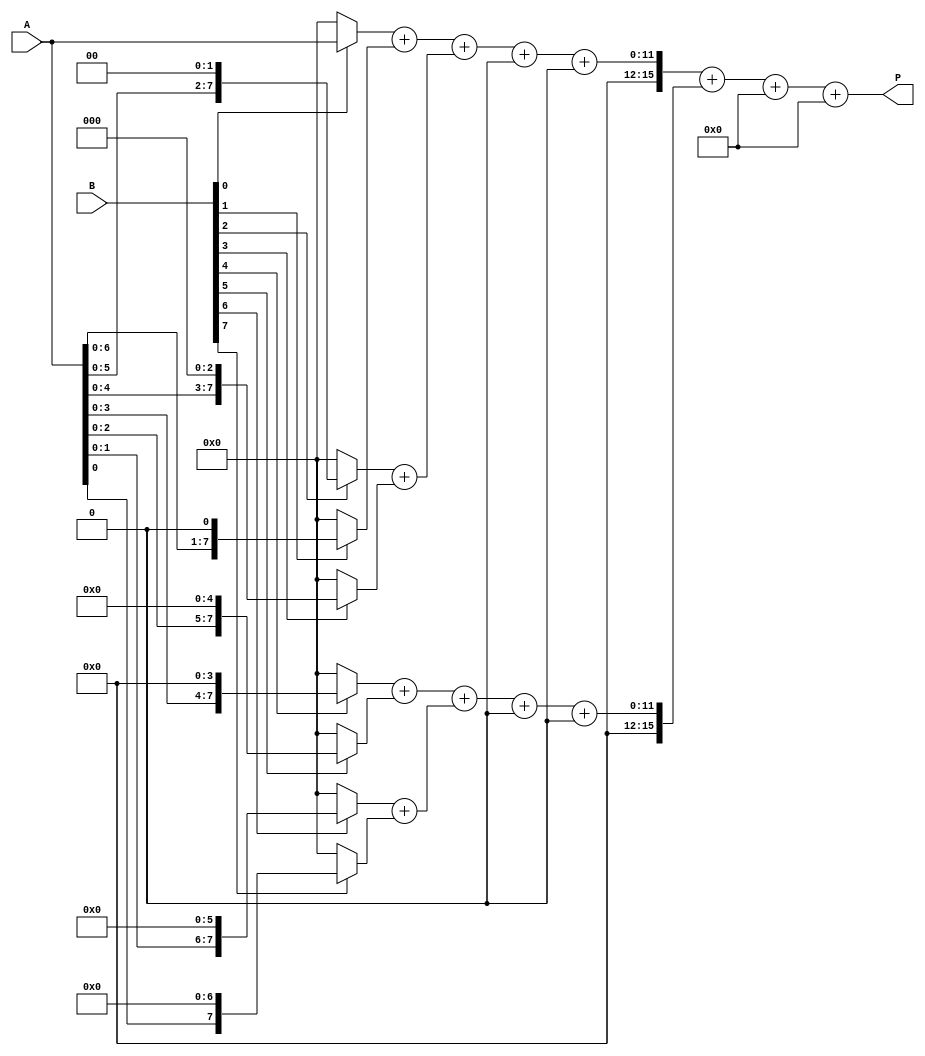
module radix2_multiplier #(parameter N = 8) (
    input  wire [N-1:0] A,        // Multiplicand
    input  wire [N-1:0] B,        // Multiplier
    output wire [2*N-1:0] P       // Product
);

    // Declare wires for partial products
    wire [N-1:0] partial_product [0:N-1];

    // Generate partial products
    genvar i;
    generate
        for (i = 0; i < N; i = i + 1) begin : pp_gen
            assign partial_product[i] = (B[i] == 1'b1) ? (A << i) : 0;
        end
    endgenerate

    // Stage 1: Sum the partial products
    wire [2*N-1:0] sum_stage1 [0:(N/2)-1]; // Store sums of pairs
    wire [2*N-1:0] carry_stage1 [0:(N/2)-1]; // Store carry from additions
    wire [2*N-1:0] sum_stage2; // Final sum 

    // First stage of addition
    generate
        for (i = 0; i < N/2; i = i + 1) begin : add_stage1
            assign {carry_stage1[i], sum_stage1[i]} = partial_product[2*i] + partial_product[2*i + 1];
        end
        if (N % 2 != 0) begin
            assign sum_stage1[N/2] = partial_product[N-1]; // Handle odd N
            assign carry_stage1[N/2] = 0;
        end
    endgenerate

    // Stage 2: Sum the results from stage 1
    wire [2*N-1:0] sum_stage3 [0:(N/4)-1]; // Store sums of pairs for stage 2
    wire [2*N-1:0] carry_stage3 [0:(N/4)-1]; // Store carry from stage 2

    generate
        for (i = 0; i < (N/4); i = i + 1) begin : add_stage2
            assign {carry_stage3[i], sum_stage3[i]} = sum_stage1[2*i] + sum_stage1[2*i + 1] + carry_stage1[2*i] + carry_stage1[2*i + 1];
        end
        if (N % 4 != 0) begin
            assign sum_stage3[N/4] = sum_stage1[N/2]; // Handle odd N
            assign carry_stage3[N/4] = 0;
        end
    endgenerate

    // Final summation
    assign {P[2*N-1], P[2*N-2:0]} = sum_stage3[0] + sum_stage3[1] + carry_stage3[0] + carry_stage3[1];

endmodule